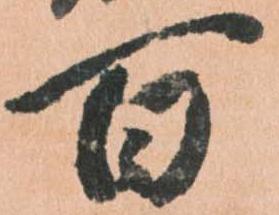
百